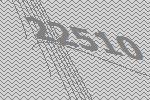
22510